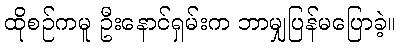
ထိုစဉ်ကမူ ဦးနောင်ရှမ်းက ဘာမျှပြန်မပြောခဲ့။